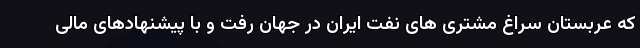
که عربستان سراغ مشتری های نفت ایران در جهان رفت و با پیشنهادهای مالی